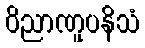
ဝိညာဏူပနိသံ